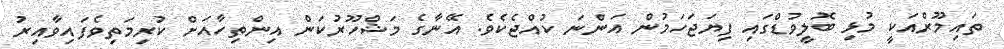
ތައިމޫރްއަކީ މުޅި ބޮލީވުޑްގައި ފިޔަޖަހަމުން އަންނަ ކުއްޖެކެވެ. އޭނާގެ މަޝްހޫރުކަން އިންތިހާއަށް ކުރިމަތިވެފައިވާއިރު